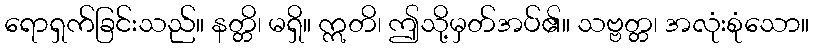
ရောရှက်ခြင်းသည်။ နတ္တိ၊ မရှိ။ ဣတိ၊ ဤသို့မှတ်အပ်၏။ သဗ္ဗတ္တ၊ အလုံးစုံသော။